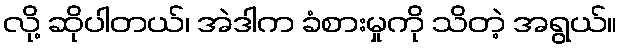
လို့ ဆိုပါတယ်၊ အဲဒါက ခံစားမှုကို သိတဲ့ အရွယ်။